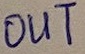
Text: OUT